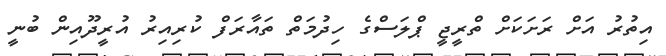
އިތުރު އަށް ރަށަކަށް ތްރީޖީ ޕްލަސްގެ ހިދުމަތް ތައާރަފް ކުރިއިރު އުރީދޫއިން ބުނީ